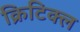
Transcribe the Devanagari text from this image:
क्रिटिक्ल